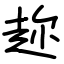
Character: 趂